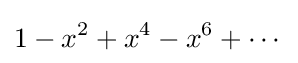
1-x^{2}+x^{4}-x^{6}+\cdots